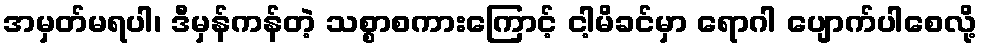
အမှတ်မရပါ၊ ဒီမှန်ကန်တဲ့ သစ္စာစကားကြောင့် ငါ့မိခင်မှာ ရောဂါ ပျောက်ပါစေလို့